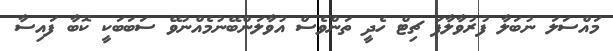
މައްސަލަ ނުބަލާ ފުރުވާލާފަ ޗިޓް ހެދީ ތަންވެސް އުވާލަންބޭނުމެއްނުވޭ ސަބަބަކީ ކޮބާ ފައިސާ